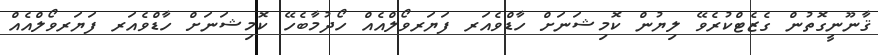
ޤާނޫނީގޮތުން ގެޒެޓްކުރެވޭ ލިޔުން ކޮމިޝަނަށް ހާޑްވެއަރ ފަޔަރވޯލްއެއް ހޯދުމާބެހޭ ކޮމިޝަނަށް ހާޑްވެއަރ ފަޔަރވޯލްއެއް